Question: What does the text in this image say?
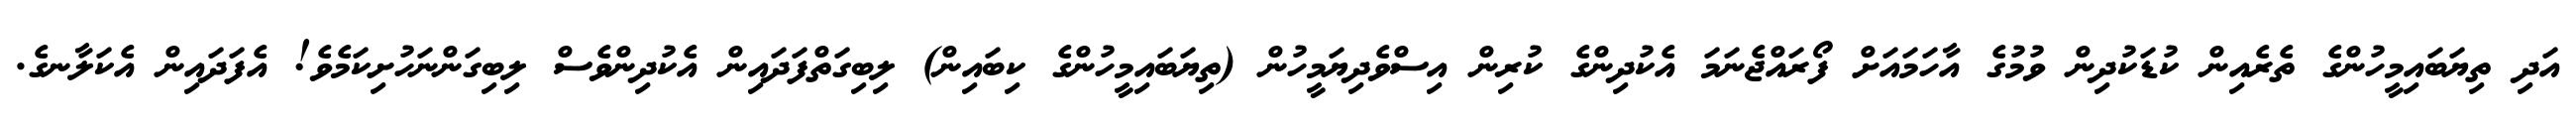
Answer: އަދި ތިޔަބައިމީހުންގެ ތެރެއިން ކުޑަކުދިން ވުމުގެ އާހަމައަށް ފޯރައްޖެނަމަ އެކުދިންގެ ކުރިން އިސްވެދިޔަމީހުން (ތިޔަބައިމީހުންގެ ކިބައިން) ލިބިގަތްފަދައިން އެކުދިންވެސް ލިބިގަންނަހުށިކަމެވެ! އެފަދައިން އެކަލާނގެ.